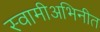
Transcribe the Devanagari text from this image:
स्वामीअभिनीत